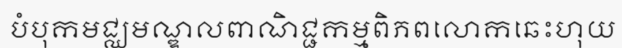
បំបុកមជ្ឈមណ្ឌលពាណិជ្ជកម្មពិភពលោកឆេះហុយ